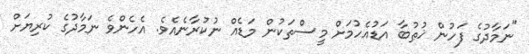
"ނަމާދުގެ ފަހުން ޚުޠުބާ އަޑުއެހުމަށް މީސްތަކުން މަޑެއް ނުކުރާނެއެވެ. އެހެންވެ ނަމާދުގެ ކުރިޔަށް